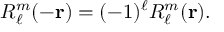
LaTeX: R _ { \ell } ^ { m } ( - \mathbf { r } ) = ( - 1 ) ^ { \ell } R _ { \ell } ^ { m } ( \mathbf { r } ) .